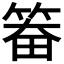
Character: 𮵵